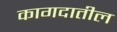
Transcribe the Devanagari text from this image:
कागदातील